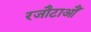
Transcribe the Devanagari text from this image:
रजौटाऔं